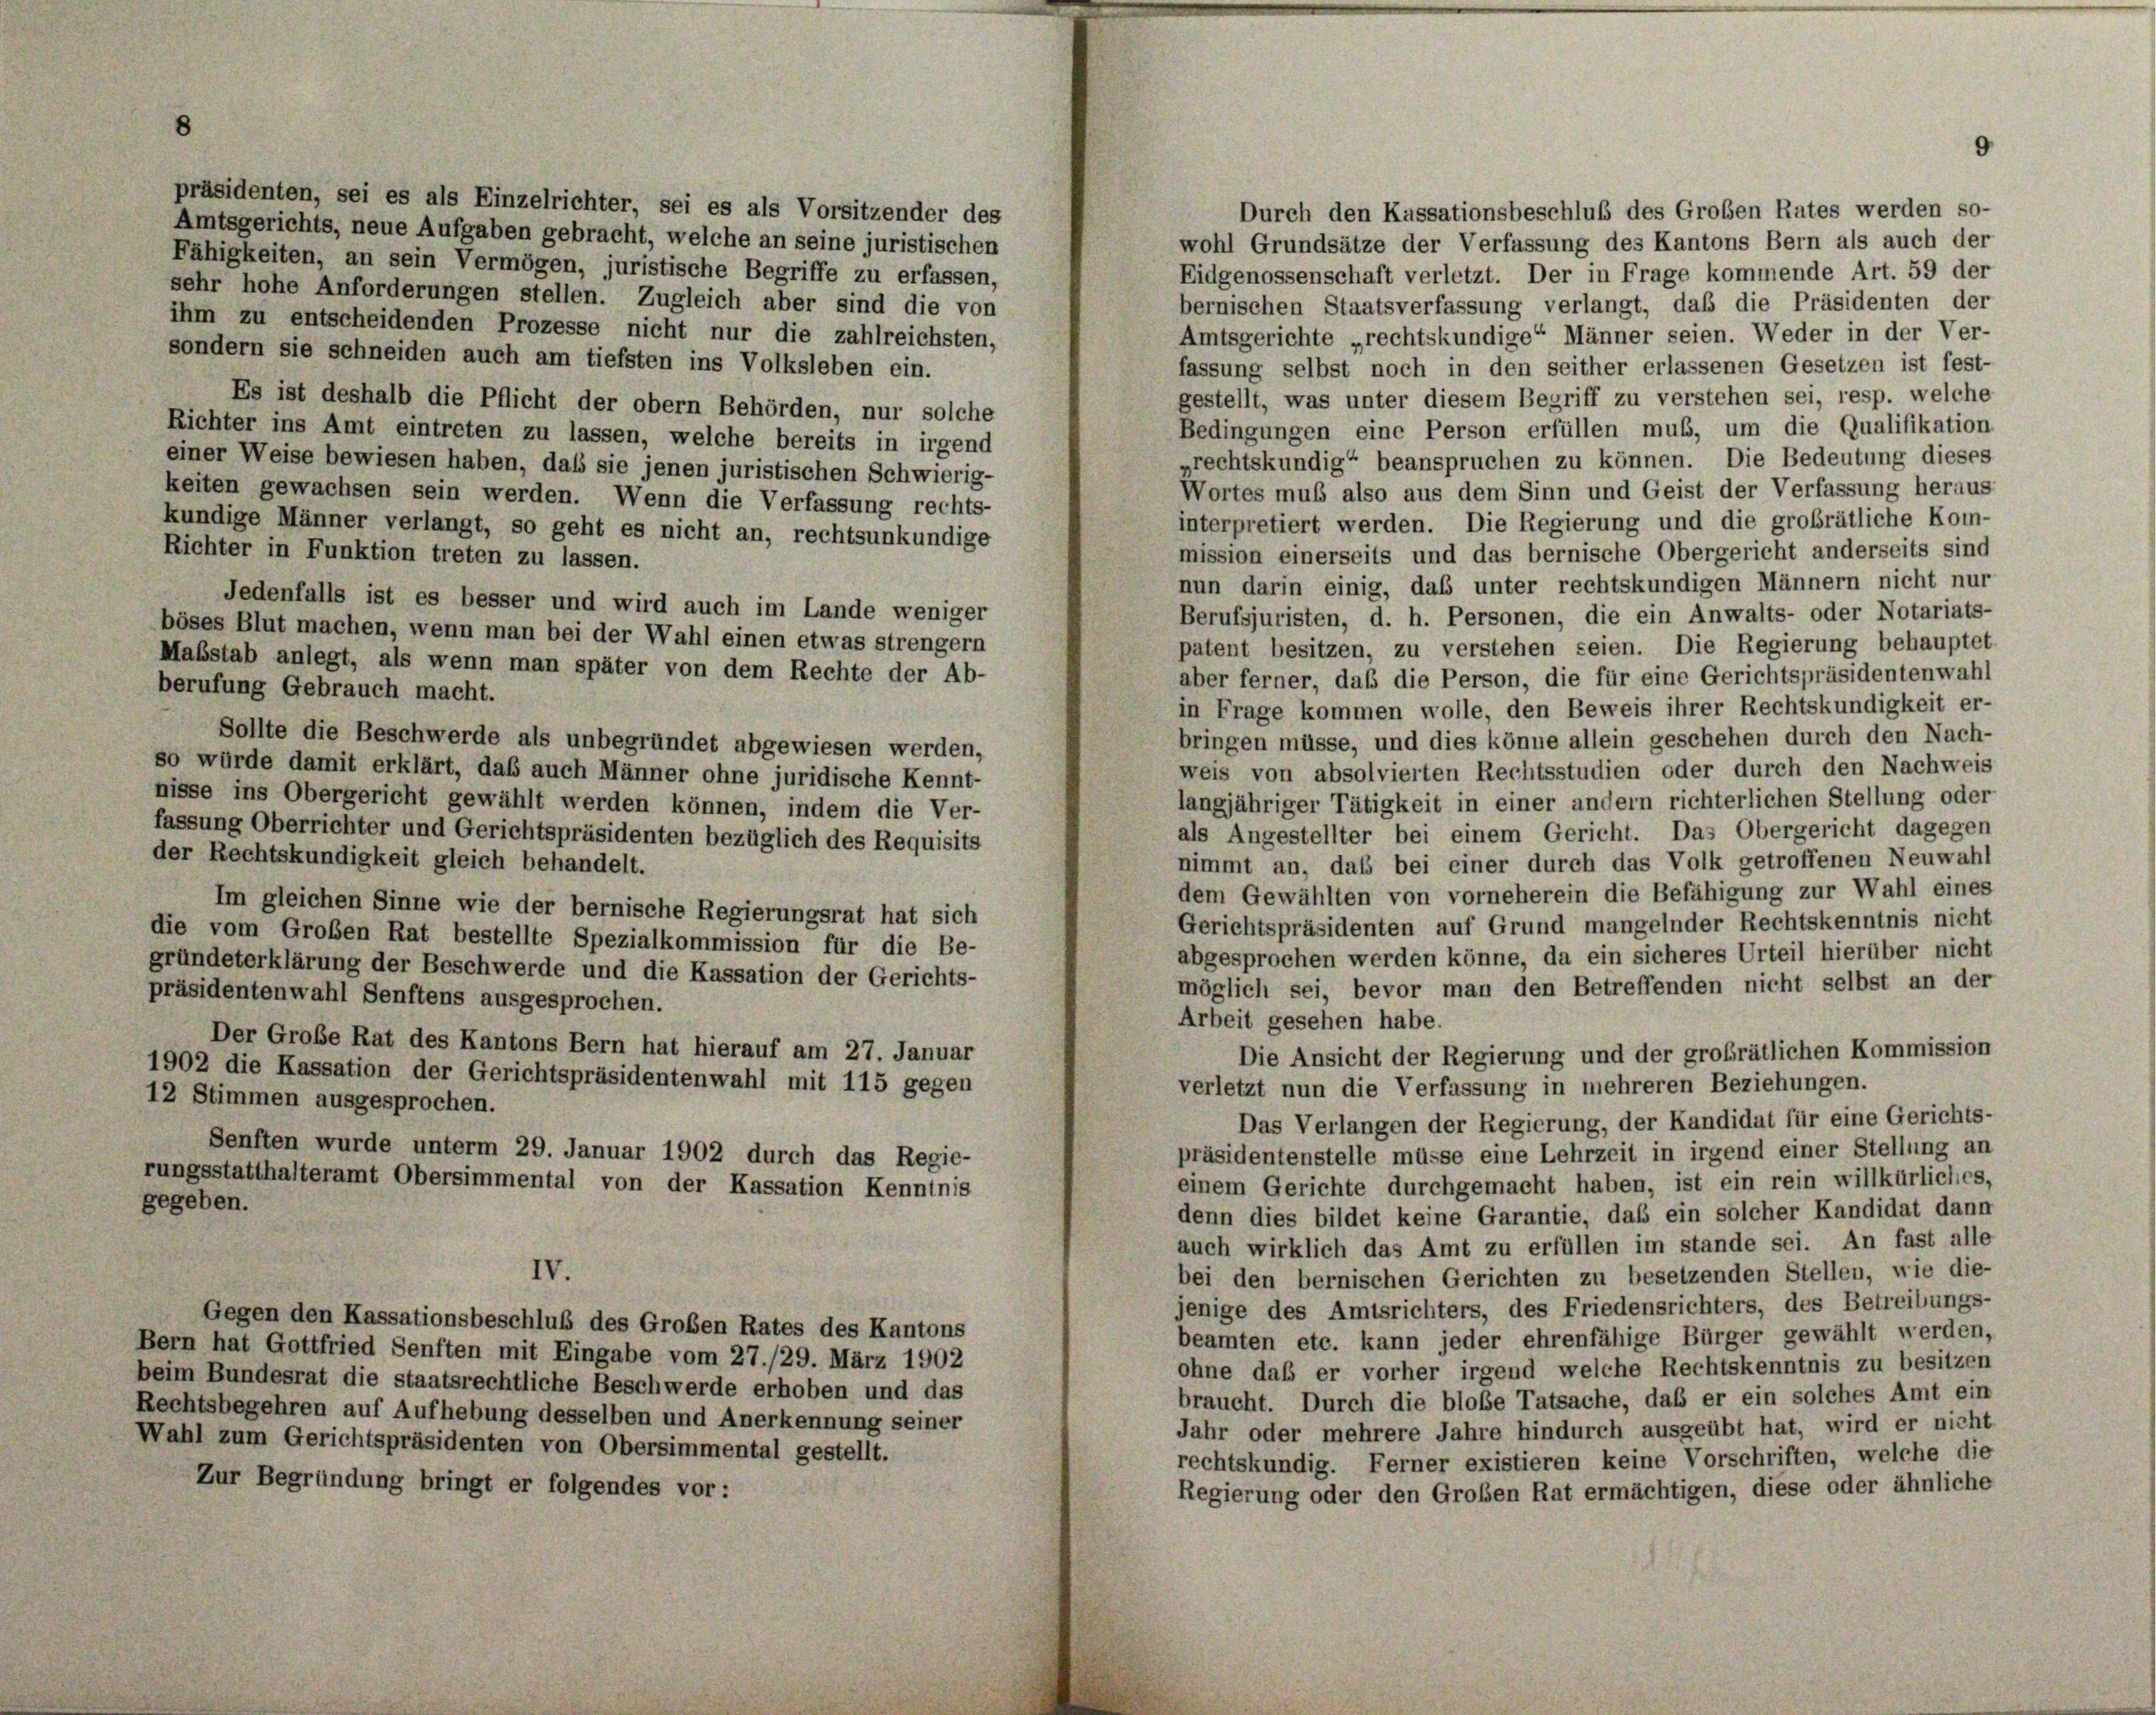
präsidenten, sei es als Einzelrichter, sei es als Vorsitzender des
Durch den Kassationsbeschluß des Groben Rates werden so-
Amtsgerichts, neue Aufgaben gebracht, welche an seine juristischen
wohl Grundsätze der Verfassung des Kantons Bern als auch der
Fähigkeiten, an sein Vermögen, juristische Begriffe zu erfassen,
Eidgenossenschaft verletzt. Der in Frage kommende Art. 59 der
sehr hohe Anforderungen stellen. Zugleich aber sind die von
bernischen Staatsverfassung verlangt, daß die Präsidenten der
ihm zu entscheidenden Prozesse nicht nur die zahlreichsten,
Amtsgerichte „rechtskundige“ Männer seien. Weder in der Ver-
sondern sie schneiden auch am tiefsten ins Volksleben ein.
fassung selbst noch in den seither erlassenen Gesetzen ist fest-
gestellt, was unter diesem Begriff zu verstehen sei, resp. welche
Es ist deshalb die Pflicht der obern Behörden, nur solche
Bedingungen eine Person erfüllen muß, um die Qualifikation
Richter ins Amt eintreten zu lassen, welche bereits in irgend
grechtskundig“ beanspruchen zu können. Die Bedeutung dieses
einer Weise bewiesen haben, daß sie jenen juristischen Schwierig-
Wortes muß also aus dem Sinn und Geist der Verfassung heraus
keiten gewachsen sein werden. Wenn die Verfassung rechts-
interpretiert werden. Die Regierung und die großrätliche Kom-
kundige Männer verlangt, so geht es nicht an, rechtsunkundige
mission einerseits und das bernische Obergericht anderseits sind
Richter in Funktion treten zu lassen.
nun darin einig, das unter rechtskundigen Männern nicht nur
Jedenfalls ist es besser und wird auch im Lande weniger
Berufsjuristen, d. h. Personen, die ein Anwalts- oder Notariats-
böses Blut machen, wenn man bei der Wahl einen etwas strenger
patent besitzen, zu verstehen seien. Die Regierung behauptet
Maßstab anlegt, als wenn man später von dem Rechte der Ab-
aber ferner, daß die Person, die für eine Gerichtspräsidentenwahl
berufung Gebrauch macht.
in Frage kommen wolle, den Beweis ihrer Rechtskundigkeit er-
bringen müsse, und dies könne allein geschehen durch den Nach-
Sollte die Beschwerde als unbegründet abgewiesen werden,
so würde damit erklärt, daß auch Männer ohne juridische Kennt-
weis von absolvierten Rechtsstudien oder durch den Nachweis
nisse ins Obergericht gewählt werden können, indem die Ver-
langjähriger Tätigkeit in einer andern richterlichen Stellung oder
als Angestellter bei einem Gericht. Das Obergericht dagegen
fassung Oberrichter und Gerichtspräsidenten bezüglich des Requisits
der Rechtskundigkeit gleich behandelt.
nimmt an, daß bei einer durch das Volk getroffenen Neuwahl
dem Gewählten von vorneherein die Befähigung zur Wahl eines
Im gleichen Sinne wie der bernische Regierungsrat hat sich
Gerichtspräsidenten auf Grund mangelnder Rechtskenntnis nicht
die vom Großen Rat bestellte Spezialkommission für die Be-
abgesprochen werden könne, da ein sicheres Urteil hierüber nicht
gründeterklärung der Beschwerde und die Kassation der Gerichts-
möglich sei, bevor man den Betreffenden nicht selbst an der
präsidentenwahl Senftens ausgesprochen.
Arbeit gesehen habe.
Der Große Rat des Kantons Bern hat hierauf am 27. Januar
Die Ansicht der Regierung und der großrätlichen Kommission
1902 die Kassation der Gerichtspräsidentenwahl mit 115 gegen
verletzt nun die Verfassung in mehreren Beziehungen.
12 Stimmen ausgesprochen.
Das Verlangen der Regierung, der Kandidat für eine Gerichts-
Senften wurde unterm 29. Januar 1902 durch das Regie-
präsidentenstelle müsse eine Lehrzeit in irgend einer Stellung an
rungsstatthalteramt Obersimmental von der Kassation Kenntnis
einem Gerichte durchgemacht haben, ist ein rein willkürliches,
gegeben.
denn dies bildet keine Garantie, daß ein solcher Kandidat dann
auch wirklich das Amt zu erfüllen im stande sei. An fast alle
IV.
bei den bernischen Gerichten zu besetzenden Stellen, wie die-
jenige des Amtsrichters, des Friedensrichters, des Betreibungs-
Gegen den Kassationsbeschluß des Großen Rates des Kantons
beamten etc. kann jeder ehrenfähige Bürger gewählt werden,
Bern hat Gottfried Senften mit Eingabe vom 27./29. März 1902
ohne das er vorher irgend welche Rechtskenntnis zu besitzen
beim Bundesrat die staatsrechtliche Beschwerde erhoben und das
braucht. Durch die blobe Tatsache, daß er ein solches Amt ein
Rechtsbegehren auf Aufhebung desselben und Anerkennung seiner
Jahr oder mehrere Jahre hindurch ausgeübt hat, wird er nicht
Wahl zum Gerichtspräsidenten von Obersimmental gestellt.
rechtskundig. Ferner existieren keine Vorschriften, welche die
Zur Begründung bringt er folgendes vor:
Regierung oder den Großen Rat ermächtigen, diese oder ähnliche

9